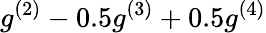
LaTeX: g^{(2)}-0.5g^{(3)}+0.5g^{(4)}